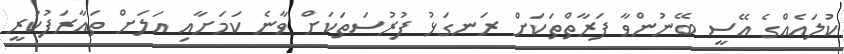
ކުލައެއްގެ އޭސީ ބޭނުންވާ ފަރާތްތަކަށް ރަނގަޅު ފުރުސަތަކަށް ވާނެ ކަމަށާއި އަލަށް ތައާރަފުކުރީ